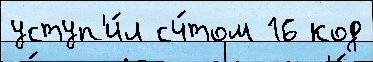
уступ'и́л сч́том 16 код